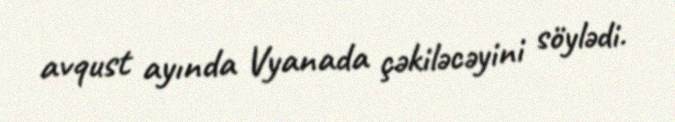
avqust ayında Vyanada çəkiləcəyini söylədi.